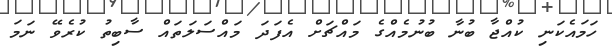
ހަމައެކަނި ކުއްޖާ ބުނާ ބުނުމެއްގެ މައްޗަށް އެފަދަ މައްސަލަތައް ސާބިތު ކުރެވޭ ނަމަ